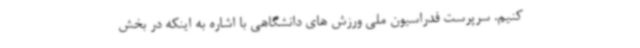
کنیم. سرپرست فدراسیون ملی ورزش های دانشگاهی با اشاره به اینکه در بخش